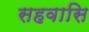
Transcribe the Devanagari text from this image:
सहवासि